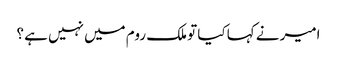
امیر نے کہا کیا تو ملک روم میں نہیں ہے ؟